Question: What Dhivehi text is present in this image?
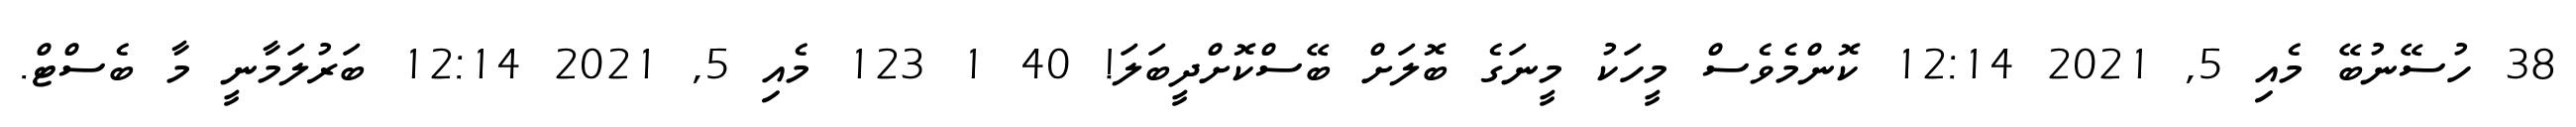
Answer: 38 ހުސޭނުބޭ މެއި 5, 2021 12:14 ކޮންމެވެސް މީހަކު މީނަގެ ބޮލަށް ބޭސްކޮށްދީބަލަ! 40 1 123 މެއި 5, 2021 12:14 ބަރުލަމާނީ މާ ބެސްޓް.